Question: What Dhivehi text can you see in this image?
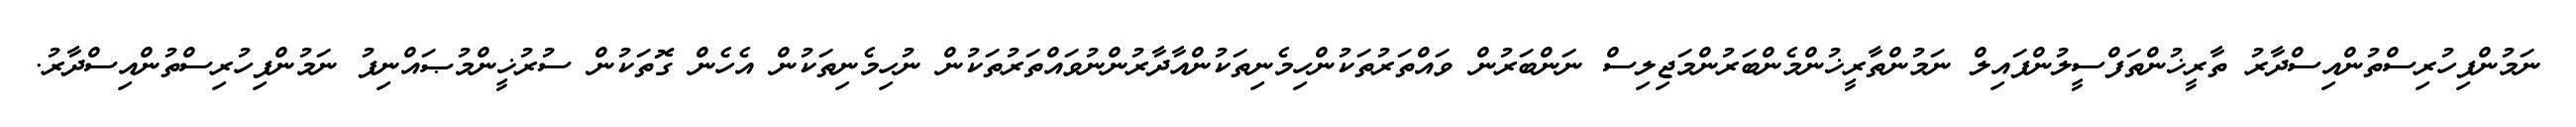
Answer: ނަމުންފިހުރިސްތުންއިސްދާރު ތާރީޚުންތަފްސީލުންފައިލް ނަމުންތާރީޚުންމެންބަރުންމަޖިލިސް ނަންބަރުން ވައްތަރުތަކުންހިމެނިތަކުންއާދާރުންނުވައްތަރުތަކުން ނުހިމެނިތަކުން އެހެން ގޮތަކުން ސުރުޚީންމުޞައްނިފު ނަމުންފިހުރިސްތުންއިސްދާރު.